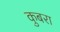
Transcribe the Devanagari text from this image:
कुबरा